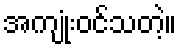
အကျုံးဝင်သတဲ့။